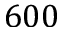
6 0 0